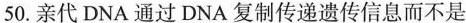
50.亲代DNA通过DNA复制传递遗传信息而不是